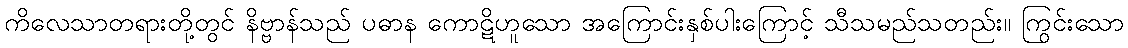
ကိလေသာတရားတို့တွင် နိဗ္ဗာန်သည် ပဓာန ကောဋိဟူသော အကြောင်းနှစ်ပါးကြောင့် သီသမည်သတည်း။ ကြွင်းသော